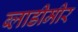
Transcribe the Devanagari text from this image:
ब्लाडीमीर